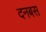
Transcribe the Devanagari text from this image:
दनबस